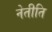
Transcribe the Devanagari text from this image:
नेतीति